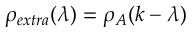
\rho _ { e x t r a } ( \lambda ) = \rho _ { A } ( k - \lambda )